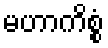
မဟာကိစ္စံ